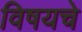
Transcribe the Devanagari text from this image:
विषयचे